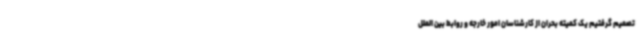
تصمیم گرفتیم یک کمیته بحران از کارشناسان امور خارجه و روابط بین الملل